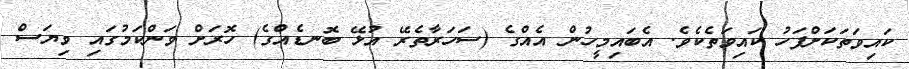
ކައިވަތަކަށްފަހު ކައިވަތެކެވެ. އެބައިމީހުން އެއްގެ (ސަހަރާތެރޭ އުޅޭ ބޮނޑެއްގެ) ހޮރަށް ވަންކަމުގައި ވިޔަސް